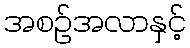
အစဉ်အလာနှင့်